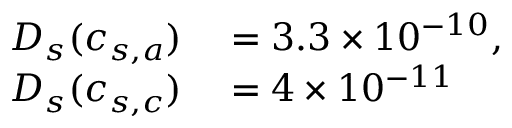
\begin{array} { r l } { D _ { s } ( c _ { s , a } ) } & { { } = 3 . 3 \times 1 0 ^ { - 1 0 } , } \\ { D _ { s } ( c _ { s , c } ) } & { { } = 4 \times 1 0 ^ { - 1 1 } } \end{array}